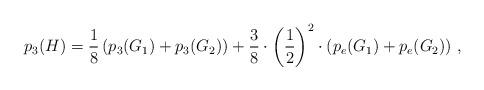
LaTeX: \begin{align*}p_3(H) = \frac{1}{8}\left(p_3(G_1)+p_3(G_2)\right)+\frac{3}{8}\cdot \left(\frac{1}{2}\right)^2\cdot\left(p_e(G_1)+p_e(G_2)\right) \,,\end{align*}